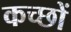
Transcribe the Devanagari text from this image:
कच्छों